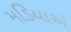
મડિયાએ